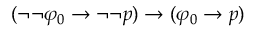
( \neg \neg \varphi _ { 0 } \to \neg \neg p ) \to ( \varphi _ { 0 } \to p )